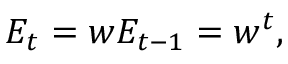
E _ { t } = w E _ { t - 1 } = w ^ { t } ,